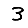
Digit: 3